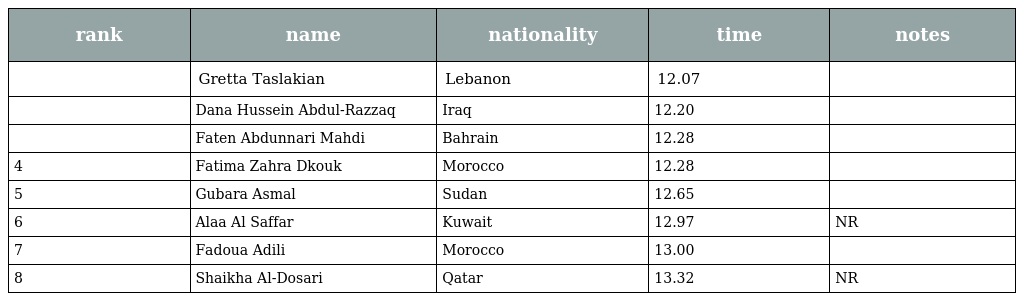
| rank | name | nationality | time | notes |
 | --- | --- | --- | --- | --- |
 |  | Gretta Taslakian | Lebanon | 12.07 |  |
 |  | Dana Hussein Abdul-Razzaq | Iraq | 12.20 |  |
 |  | Faten Abdunnari Mahdi | Bahrain | 12.28 |  |
 | 4 | Fatima Zahra Dkouk | Morocco | 12.28 |  |
 | 5 | Gubara Asmal | Sudan | 12.65 |  |
 | 6 | Alaa Al Saffar | Kuwait | 12.97 | NR |
 | 7 | Fadoua Adili | Morocco | 13.00 |  |
 | 8 | Shaikha Al-Dosari | Qatar | 13.32 | NR |